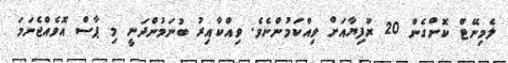
ލެމިނޭޓް ކޮށްގެން 20 ރުފިޔާއަށް ވިއްކަމުންނެވެ. ވިއްކާއިރު ބުނަމުންދަނީ މި ޕާސް އޮވެއްޖެނަމަ